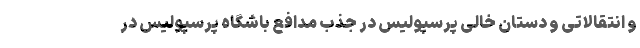
و انتقالاتی و دستان خالی پرسپولیس در جذب مدافع باشگاه پرسپولیس در